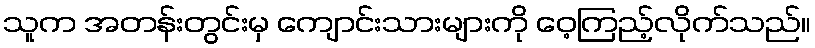
သူက အတန်းတွင်းမှ ကျောင်းသားများကို ဝေ့ကြည့်လိုက်သည်။